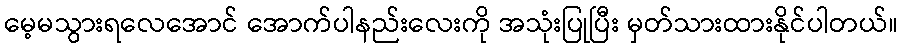
မေ့မသွားရလေအောင် အောက်ပါနည်းလေးကို အသုံးပြုပြီး မှတ်သားထားနိုင်ပါတယ်။